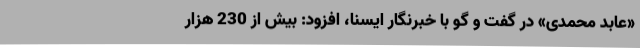
«عابد محمدی» در گفت و گو با خبرنگار ایسنا، افزود: بیش از 230 هزار